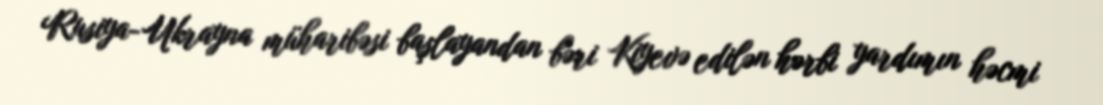
Rusiya-Ukrayna müharibəsi başlayandan bəri Kiyevə edilən hərbi yardımın həcmi